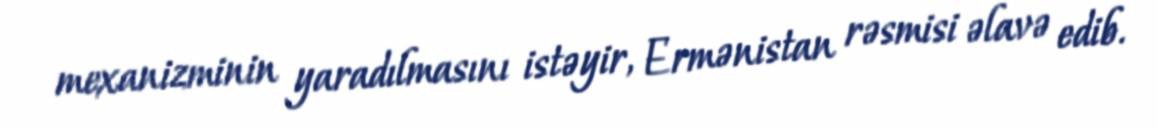
mexanizminin yaradılmasını istəyir, Ermənistan rəsmisi əlavə edib.